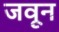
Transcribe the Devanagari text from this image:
जवून